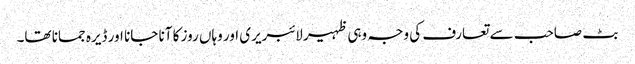
بٹ صاحب سے تعارف کی وجہ وہی ظہیر لائبریری اور وہاں روز کا آنا جانا اور ڈیرہ جمانا تھا۔